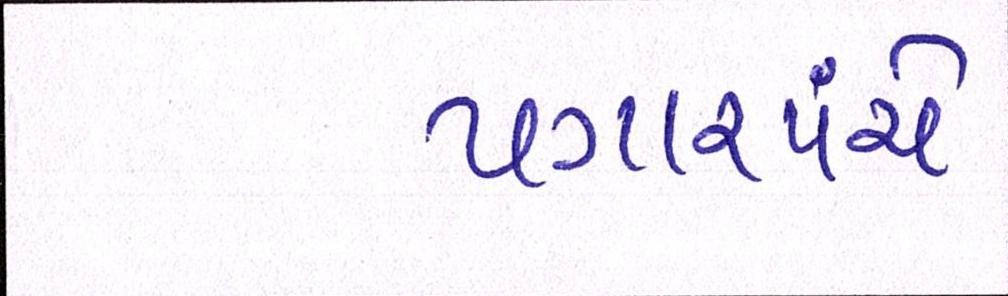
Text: પગારપંચે